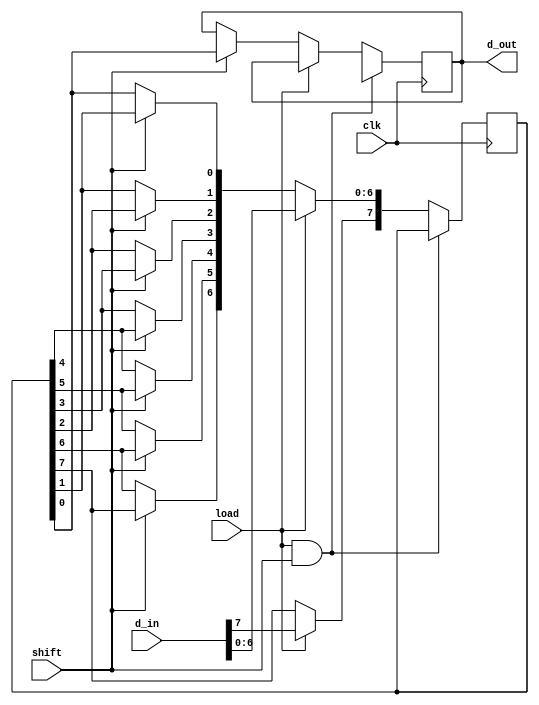
module p2s (d_in , d_out , load , shift , clk );
input [7:0] d_in ; 
output reg d_out ;
input load , shift , clk ;

reg [7:0] flpflp ;

always @( posedge clk)
begin
if (load&&shift) 
	d_out = 1'hx ;
else if (load) 
	flpflp [7:0] = d_in [7:0] ;
else if (shift) begin
	d_out = flpflp [0] ;
	flpflp [0] = flpflp [1] ;
	flpflp [1] = flpflp [2] ;
	flpflp [2] = flpflp [3] ;
	flpflp [3] = flpflp [4] ;
	flpflp [4] = flpflp [5] ;
	flpflp [5] = flpflp [6] ;
	flpflp [6] = flpflp [7] ;
end
else 
	d_out = d_out ;
end 

endmodule